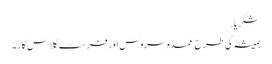
شکریا.
ہمیشہ کی طرح عمدہ سروس اور فرسٹ کلاس کار ۔